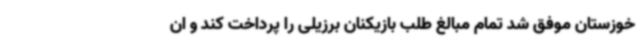
خوزستان موفق شد تمام مبالغ طلب بازیکنان برزیلی را پرداخت کند و ان